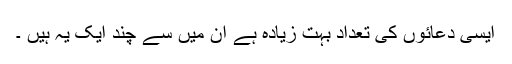
ایسی دعائوں کی تعداد بہت زیادہ ہے ان میں سے چند ایک یہ ہیں ۔